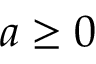
a \geq 0